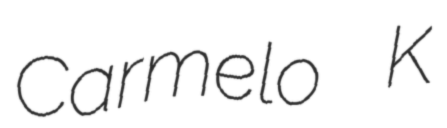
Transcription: Carmelo K